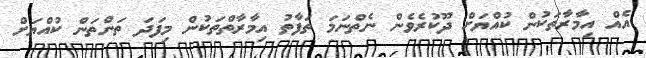
އެއް އިމާރާތަކުން ކުއްޔަށް ދޫކުރެވެން ނެތްނަމަ ތަފާތު އިމާރާތްތަކުން މިފަދަ ތަންތަން ކުއްޔަށް